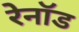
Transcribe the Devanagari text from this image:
रेनॉड